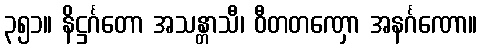
၃၅၁။ နိဋ္ဌင်္ဂတော အသန္တာသီ၊ ဝီတတဏှော အနင်္ဂဏော။